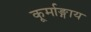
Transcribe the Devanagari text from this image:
कूर्माङ्गाय